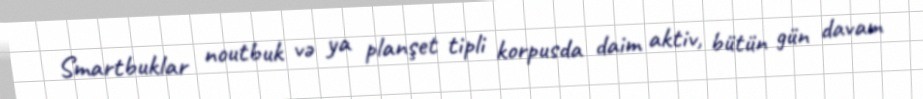
Smartbuklar noutbuk və ya planşet tipli korpusda daim aktiv, bütün gün davam